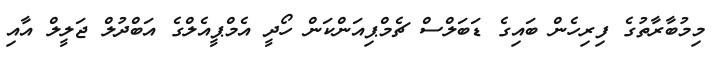
މިމުބާރާތުގެ ފިރިހެން ބައިގެ ޑަބަލްސް ޗެމްޕިއަންކަން ހޯދީ އެމްޕީއެލްގެ އަބްދުލް ޖަލީލް އާއި